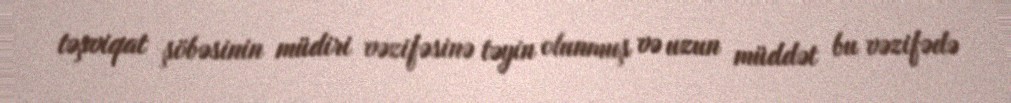
təşviqat şöbəsinin müdiri vəzifəsinə təyin olunmuş və uzun müddət bu vəzifədə